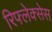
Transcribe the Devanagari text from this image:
रिफ्लेक्सेस